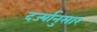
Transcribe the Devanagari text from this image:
दर्ज्यानुसार